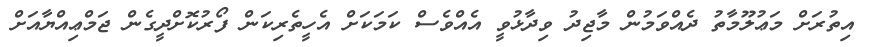
އިތުރަށް މަޢުލޫމާތު ދެއްވަމުން މާޖިދު ވިދާޅުވީ އެއްވެސް ކަމަކަށް އެހީތެރިކަން ފޯރުކޮށްދީގެން ޖަމްޢިއްޔާއަށް